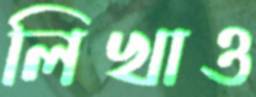
লিখাও